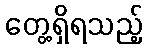
တွေ့ရှိရသည့်